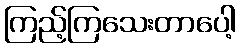
ကြည့်ကြသေးတာပေါ့